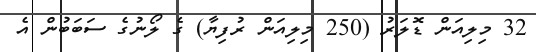
32 މިލިއަން ޑޮލަރު (250 މިލިއަން ރުފިޔާ) ގެ ލޯނުގެ ސަބަބުން އެ